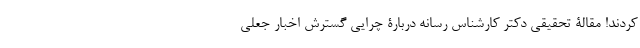
کردند! مقالۀ تحقیقی دکتر کارشناس رسانه دربارۀ چرایی گسترش اخبار جعلی